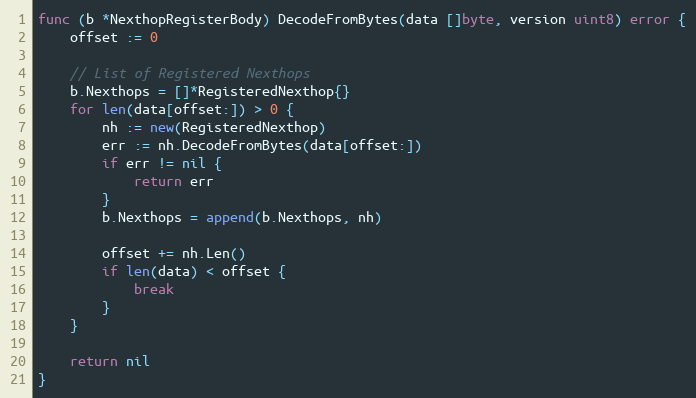
Language: Go
func (b *NexthopRegisterBody) DecodeFromBytes(data []byte, version uint8) error {
	offset := 0

	// List of Registered Nexthops
	b.Nexthops = []*RegisteredNexthop{}
	for len(data[offset:]) > 0 {
		nh := new(RegisteredNexthop)
		err := nh.DecodeFromBytes(data[offset:])
		if err != nil {
			return err
		}
		b.Nexthops = append(b.Nexthops, nh)

		offset += nh.Len()
		if len(data) < offset {
			break
		}
	}

	return nil
}